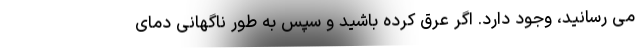
می رسانید، وجود دارد. اگر عرق کرده باشید و سپس به طور ناگهانی دمای